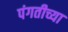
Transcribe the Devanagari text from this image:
पंगतीच्या